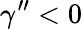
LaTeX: \gamma^{\prime\prime}<0